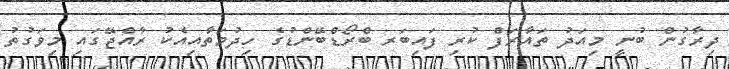
ދިރާގުން ބުނީ މިއަދު ތައާރަފް ކުރި ފައިބަރ ބްރޯޑްބޭންޑުގެ ހިދުމަތާއިއެކު ރާއްޖޭގައި މިވަގުތު